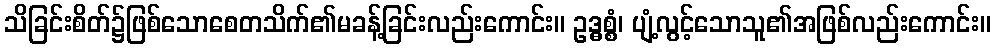
သိခြင်းစိတ်၌ဖြစ်သောစေတသိက်၏မခန့်ခြင်းလည်းကောင်း။ ဥဒ္ဓစ္စံ၊ ပျံ့လွင့်သောသူ၏အဖြစ်လည်းကောင်း။